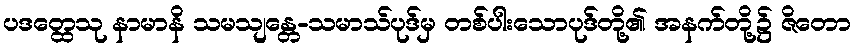
ပဒတ္ထေသု နာမာနိ သမသျန္တေ-သမာသ်ပုဒ်မှ တစ်ပါးသောပုဒ်တို့၏ အနက်တို့၌ ဇိတော